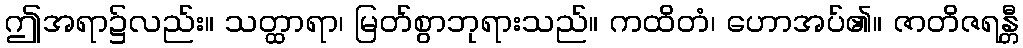
ဤအရာ၌လည်း။ သတ္ထာရာ၊ မြတ်စွာဘုရားသည်။ ကထိတံ၊ ဟောအပ်၏။ ဇာတိဇရန္တီ